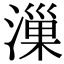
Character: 漅